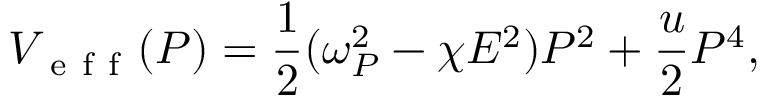
V _ { \mathrm { ~ e ~ f ~ f ~ } } ( P ) = \frac { 1 } { 2 } ( \omega _ { P } ^ { 2 } - \chi E ^ { 2 } ) P ^ { 2 } + \frac { u } { 2 } P ^ { 4 } ,